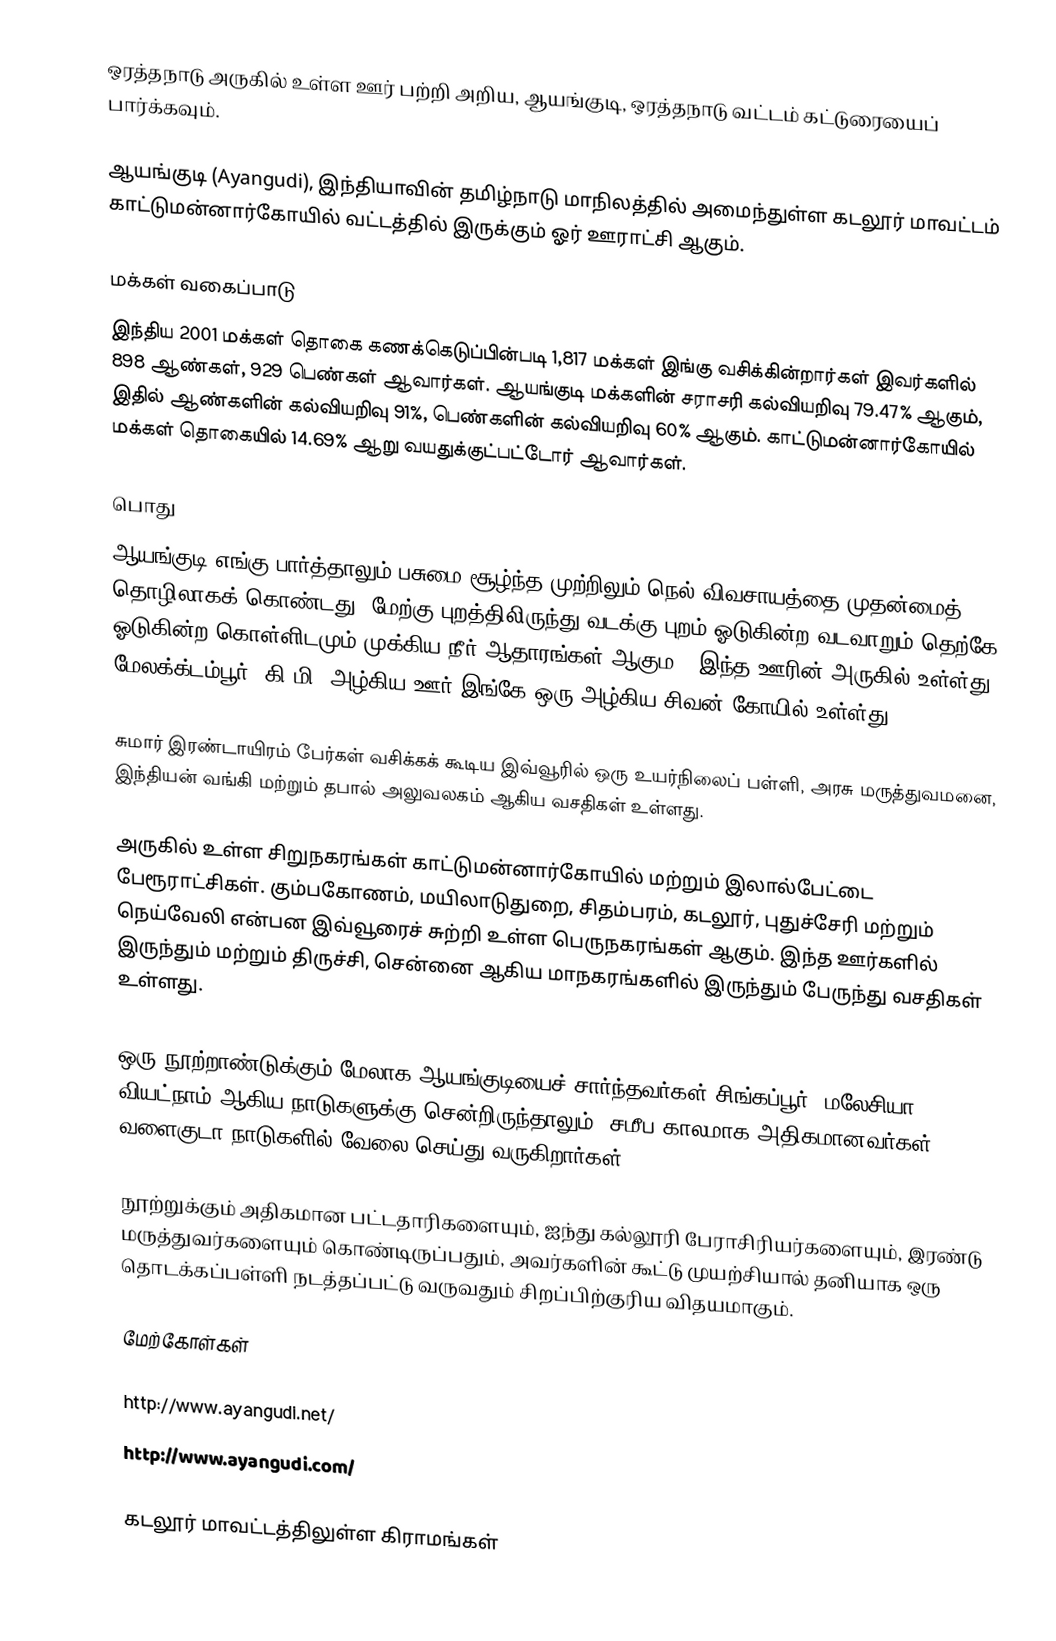
ஒரத்தநாடு அருகில் உள்ள ஊர் பற்றி அறிய, ஆயங்குடி, ஒரத்தநாடு வட்டம் கட்டுரையைப் பார்க்கவும்.

ஆயங்குடி (Ayangudi), இந்தியாவின் தமிழ்நாடு மாநிலத்தில் அமைந்துள்ள கடலூர் மாவட்டம் காட்டுமன்னார்கோயில் வட்டத்தில் இருக்கும் ஓர் ஊராட்சி ஆகும்.

மக்கள் வகைப்பாடு
இந்திய 2001 மக்கள் தொகை கணக்கெடுப்பின்படி 1,817 மக்கள் இங்கு வசிக்கின்றார்கள் இவர்களில் 898 ஆண்கள், 929 பெண்கள் ஆவார்கள். ஆயங்குடி மக்களின் சராசரி கல்வியறிவு 79.47% ஆகும்,  இதில் ஆண்களின் கல்வியறிவு 91%,  பெண்களின் கல்வியறிவு 60% ஆகும்.  காட்டுமன்னார்கோயில் மக்கள் தொகையில் 14.69%  ஆறு வயதுக்குட்பட்டோர் ஆவார்கள்.

பொது
ஆயங்குடி எங்கு பார்த்தாலும் பசுமை சூழ்ந்த முற்றிலும் நெல் விவசாயத்தை முதன்மைத் தொழிலாகக் கொண்டது.  மேற்கு புறத்திலிருந்து வடக்கு புறம் ஓடுகின்ற வடவாறும் தெற்கே ஓடுகின்ற கொள்ளிடமும் முக்கிய நீர் ஆதாரங்கள் ஆகும . இந்த ஊரின் அருகில் உள்ள்து மேலக்க்டம்பூர்(2கி.மி) அழ்கிய ஊர்,இங்கே ஒரு அழ்கிய சிவன் கோயில் உள்ள்து

சுமார் இரண்டாயிரம் பேர்கள் வசிக்கக் கூடிய இவ்வூரில் ஒரு உயர்நிலைப் பள்ளி, அரசு மருத்துவமனை, இந்தியன் வங்கி மற்றும் தபால் அலுவலகம் ஆகிய வசதிகள் உள்ளது.

அருகில் உள்ள சிறுநகரங்கள் காட்டுமன்னார்கோயில் மற்றும் இலால்பேட்டை பேரூராட்சிகள். கும்பகோணம், மயிலாடுதுறை, சிதம்பரம், கடலூர், புதுச்சேரி மற்றும் நெய்வேலி என்பன இவ்வூரைச் சுற்றி உள்ள பெருநகரங்கள் ஆகும். இந்த ஊர்களில் இருந்தும் மற்றும் திருச்சி, சென்னை ஆகிய மாநகரங்களில் இருந்தும் பேருந்து வசதிகள் உள்ளது.

ஒரு நூற்றாண்டுக்கும் மேலாக ஆயங்குடியைச் சார்ந்தவர்கள் சிங்கப்பூர், மலேசியா, வியட்நாம் ஆகிய நாடுகளுக்கு சென்றிருந்தாலும், சமீப காலமாக அதிகமானவர்கள் வளைகுடா நாடுகளில் வேலை செய்து வருகிறார்கள்.

நூற்றுக்கும் அதிகமான பட்டதாரிகளையும், ஐந்து கல்லூரி பேராசிரியர்களையும், இரண்டு மருத்துவர்களையும் கொண்டிருப்பதும், அவர்களின் கூட்டு முயற்சியால் தனியாக ஒரு தொடக்கப்பள்ளி நடத்தப்பட்டு வருவதும் சிறப்பிற்குரிய விதயமாகும்.

மேற்கோள்கள்

http://www.ayangudi.net/
http://www.ayangudi.com/

கடலூர் மாவட்டத்திலுள்ள கிராமங்கள்